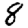
Digit: 8